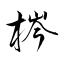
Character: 梣